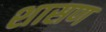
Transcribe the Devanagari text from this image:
शासण